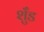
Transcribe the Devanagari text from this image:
शुँड